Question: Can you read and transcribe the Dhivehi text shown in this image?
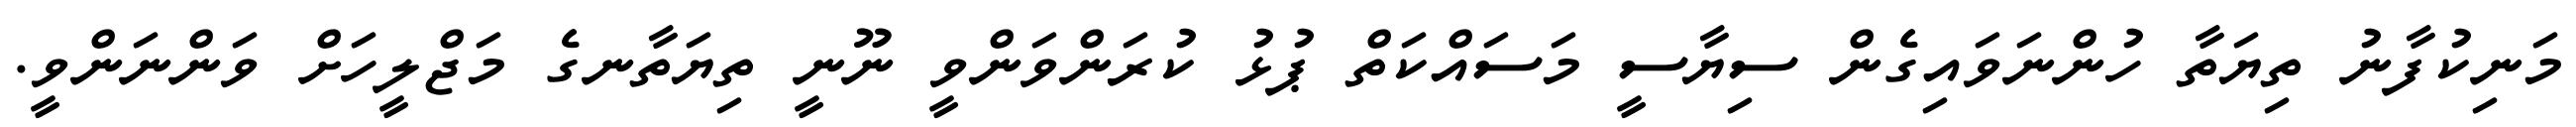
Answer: މަނިކުފާނު ތިޔަތާ ހުންނަވައިގެން ސިޔާސީ މަސައްކަތް ޕުޅު ކުރަންވަންވީ ނޫނީ ތިޔަތާނގެ މަޖްލީހަށް ވަންނަންވީ.